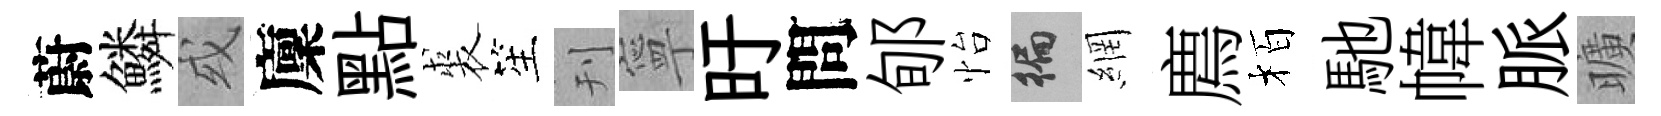
蔚鱗或廩點裘笙刊寧旴問郇怡徧網廌栢馳幃脈曠